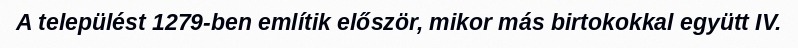
A települést 1279-ben említik először, mikor más birtokokkal együtt IV.